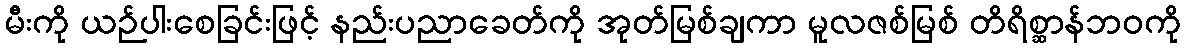
မီးကို ယဉ်ပါးစေခြင်းဖြင့် နည်းပညာခေတ်ကို အုတ်မြစ်ချကာ မူလဇစ်မြစ် တိရိစ္ဆာန်ဘဝကို